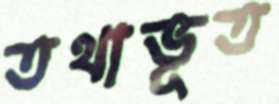
তথাভূত